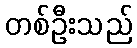
တစ်ဦးသည်